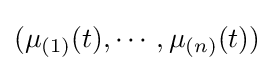
(\mu _{(1)}(t),\cdots ,\mu _{(n)}(t))